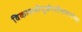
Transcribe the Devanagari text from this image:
विकाशमीयुर्जगतीशमार्गणा